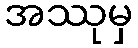
အဿုမှ